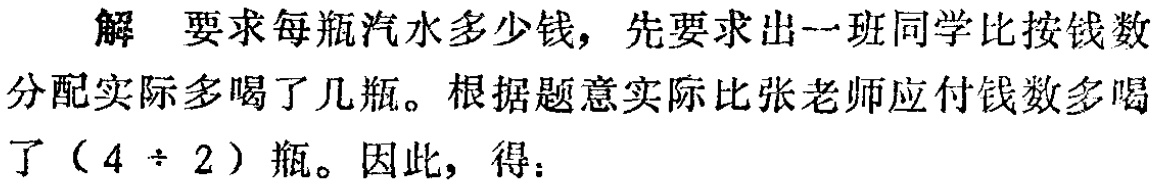
解 要求每瓶汽水多少钱，先要求出一班同学比按钱数

分配实际多喝了几瓶。根据题意实际比张老师应付钱数多喝

了（\(4 \div 2\)）瓶。因此，得：